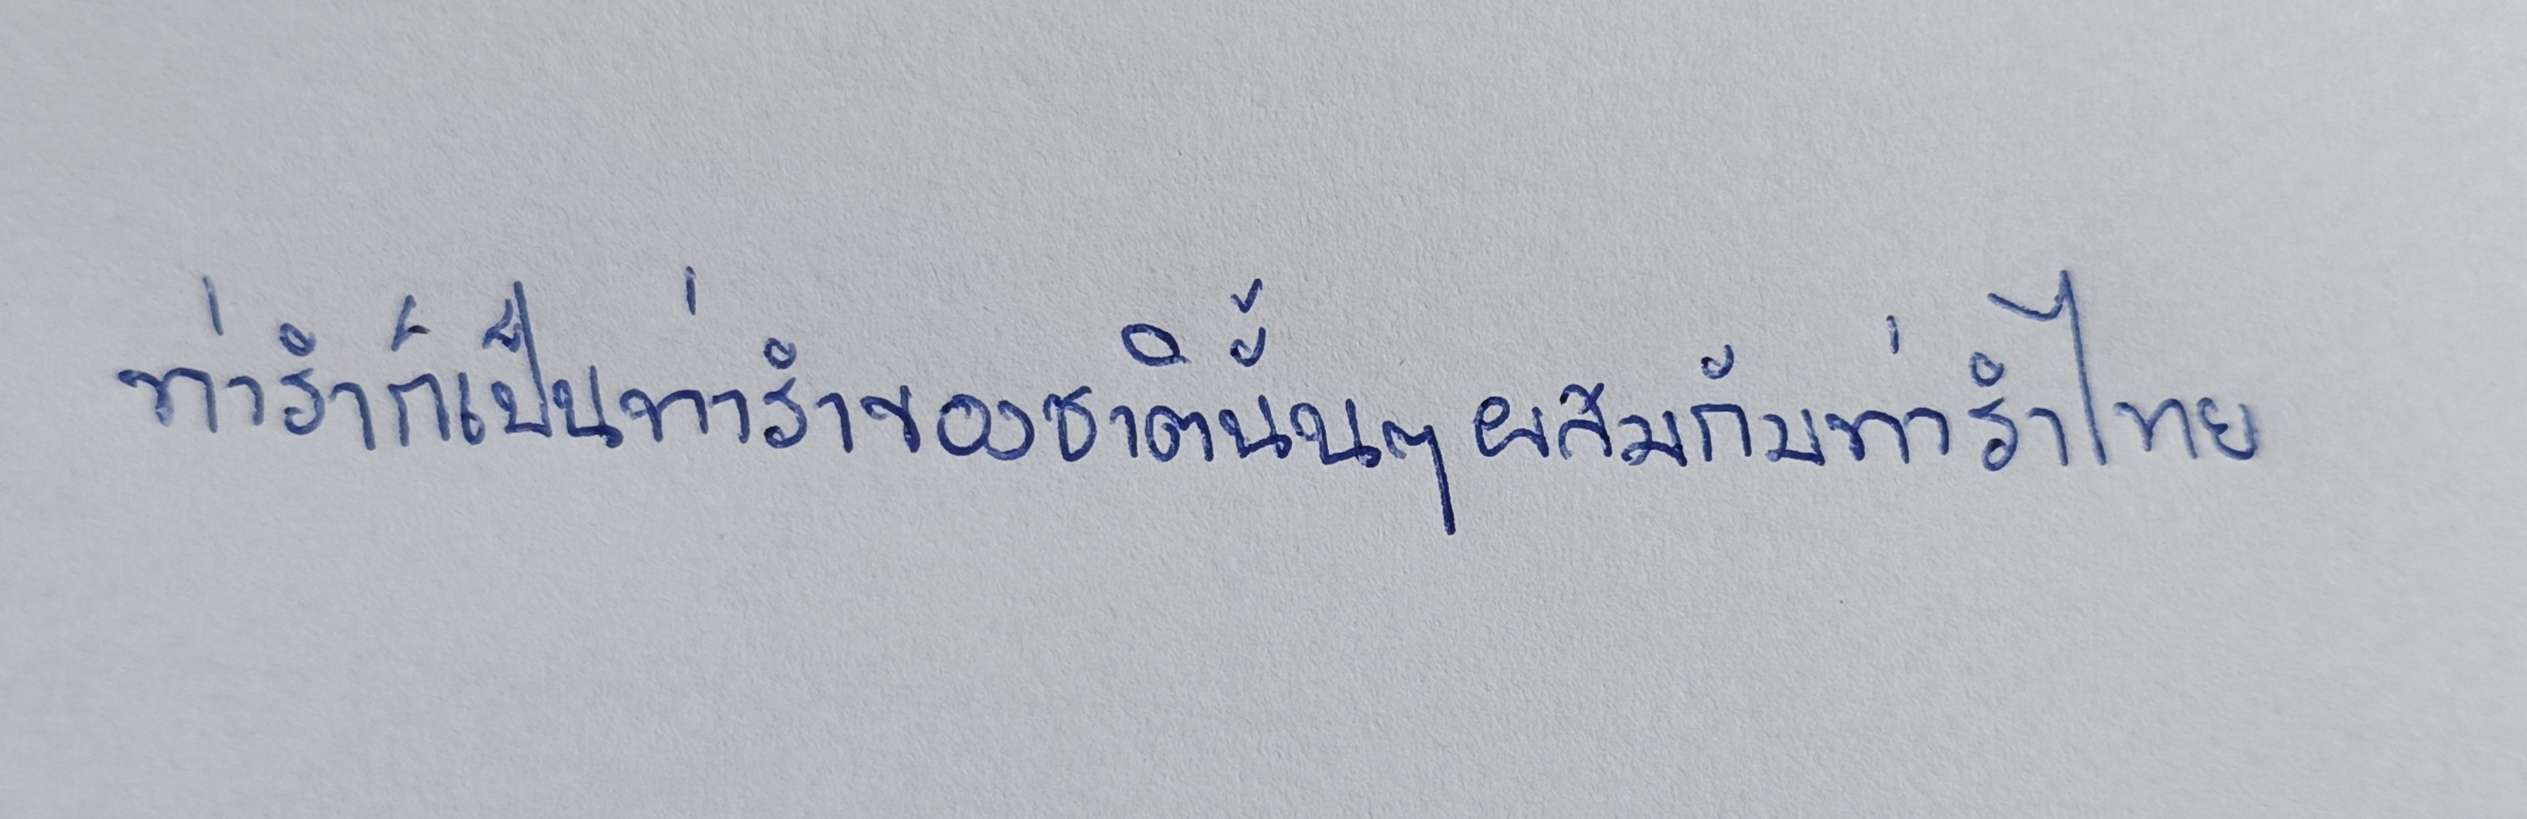
ท่ารำก็เป็นท่ารำของชาตินั้นๆผสมกับท่ารำไทย